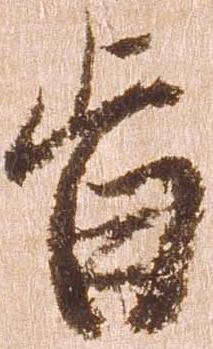
旨